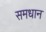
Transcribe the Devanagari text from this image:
समधान